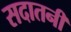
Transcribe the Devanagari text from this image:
सदातनी